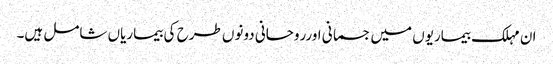
ان مہلک بیماریوں میں جسمانی اورروحانی دونوں طرح کی بیماریاں شامل ہیں۔